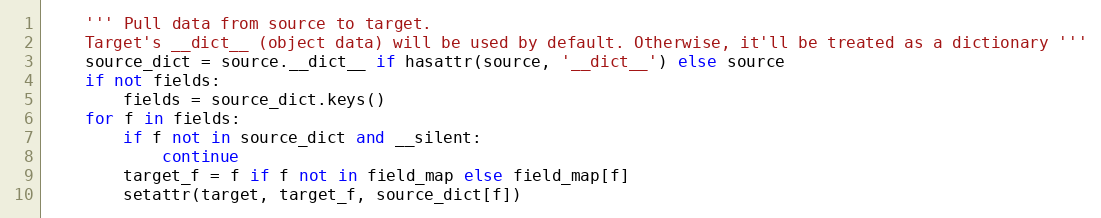
Language: Python
    ''' Pull data from source to target.
    Target's __dict__ (object data) will be used by default. Otherwise, it'll be treated as a dictionary '''
    source_dict = source.__dict__ if hasattr(source, '__dict__') else source
    if not fields:
        fields = source_dict.keys()
    for f in fields:
        if f not in source_dict and __silent:
            continue
        target_f = f if f not in field_map else field_map[f]
        setattr(target, target_f, source_dict[f])